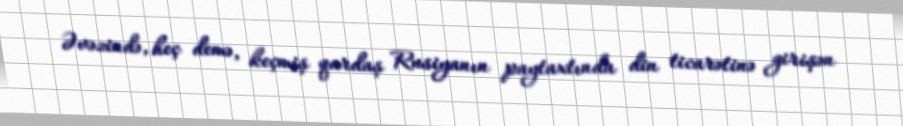
Əvəzində, heç demə, keçmiş qardaş Rusiyanın paytaxtında din ticarətinə girişən